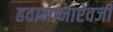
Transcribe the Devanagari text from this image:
हवामानाऐवजी